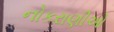
નોકરાણીઓ